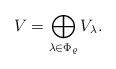
\begin{align*} V=\bigoplus_{\lambda\in\Phi_\varrho}V_\lambda. \end{align*}